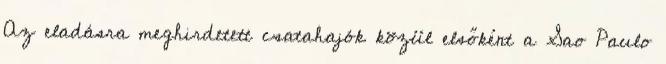
Az eladásra meghirdetett csatahajók közül elsőként a Sao Paulo